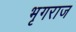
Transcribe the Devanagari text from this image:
भृगराज